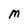
Character: M